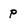
Character: P